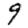
Digit: 9